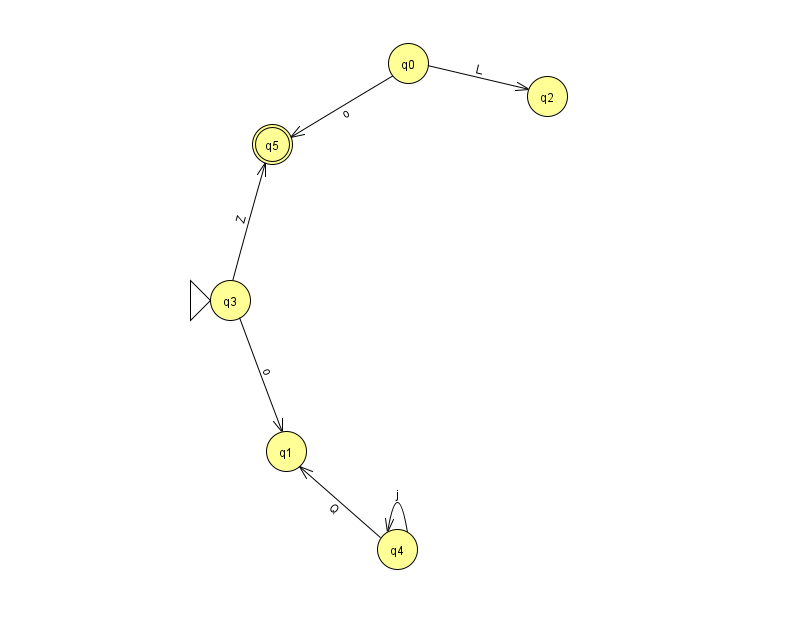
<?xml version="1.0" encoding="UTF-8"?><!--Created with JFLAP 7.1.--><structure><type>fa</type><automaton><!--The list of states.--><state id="0" name="q0"><x>408.0</x><y>50.0</y></state><state id="1" name="q1"><x>286.0</x><y>438.0</y></state><state id="2" name="q2"><x>547.0</x><y>83.0</y></state><state id="3" name="q3"><x>230.0</x><y>287.0</y><initial/></state><state id="4" name="q4"><x>397.0</x><y>536.0</y></state><state id="5" name="q5"><x>272.0</x><y>131.0</y><final/></state><!--The list of transitions.--><transition><from>0</from><to>2</to><read>L</read></transition><transition><from>4</from><to>1</to><read>Q</read></transition><transition><from>3</from><to>1</to><read>o</read></transition><transition><from>3</from><to>5</to><read>Z</read></transition><transition><from>0</from><to>5</to><read>o</read></transition><transition><from>4</from><to>4</to><read>j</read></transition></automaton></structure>